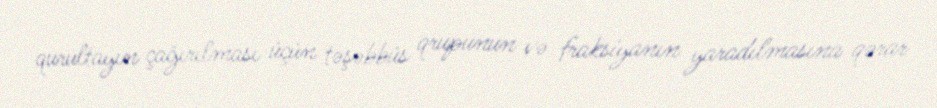
qurultayın çağırılması üçün təşəbbüs qrupunun və fraksiyanın yaradılmasına qərar